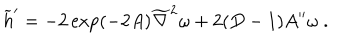
LaTeX: { \widetilde h } ^ { \prime } = - 2 \exp ( - 2 A ) { \widetilde \nabla } ^ { 2 } \omega + 2 ( D - 1 ) A ^ { \prime \prime } \omega ~ .